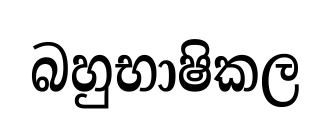
බහුභාෂිකල